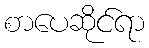
စာပေဆိုင်ရာ